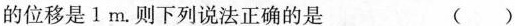
的位移是1m。则下列说法正确的是 ()